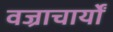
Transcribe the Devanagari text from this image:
वज्राचार्यों